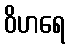
ဝိဟရေ